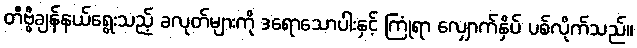
တီဗွီချန်နယ်ရွေးသည့် ခလုတ်များကို ဒရောသောပါးနှင့် ကြုံရာ လျှောက်နှိပ် ပစ်လိုက်သည်။